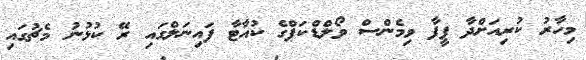
މިހާރު ކުރިއަށްދާ ފީފާ ވިމެންސް ވޯލްޑްކަޕްގެ ކުއާޓާ ފައިނަލްގައި ރޭ ކުޅުނު މެޗުގައި